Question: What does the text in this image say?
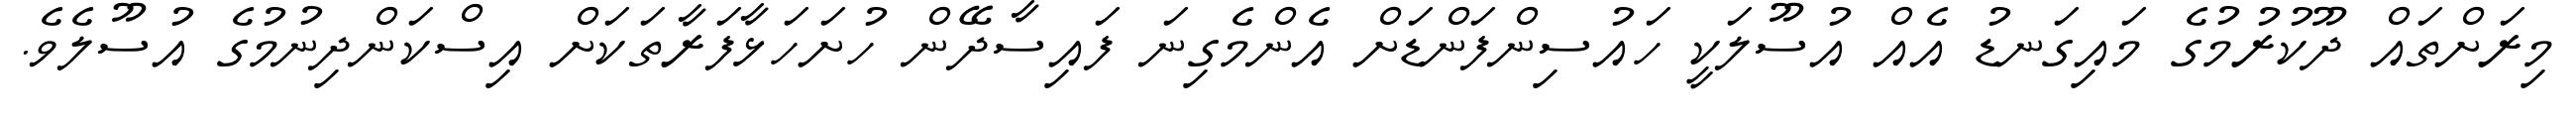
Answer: މިރަށްތައް ދޫކުރުމުގެ މައިގަނޑު އެއް އުސޫލަކީ ހައުސިންފަންޑަށް އެންމެގިނަ ފައިސާދޭން ހުށަހަޅާފަރާތަކަށް އިސްކަންދިނުމުގެ އުސޫލެވެ.